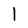
Character: 1